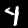
Digit: 4